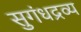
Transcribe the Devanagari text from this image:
सुगंधद्रव्य